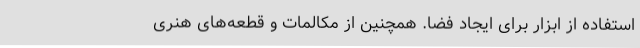
استفاده از ابزار برای ایجاد فضا. همچنین از مکالمات و قطعه‌های هنری